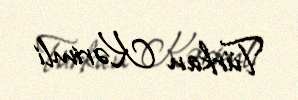
Türkan Kərimli